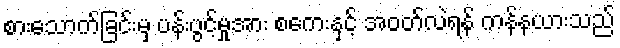
စားသောက်ခြင်းမှ ပန်းပွင့်မှုအား စကေးနှင့် အဝတ်လဲရန် ကန်နယားသည်